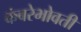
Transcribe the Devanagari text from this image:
कंबरेभोवती